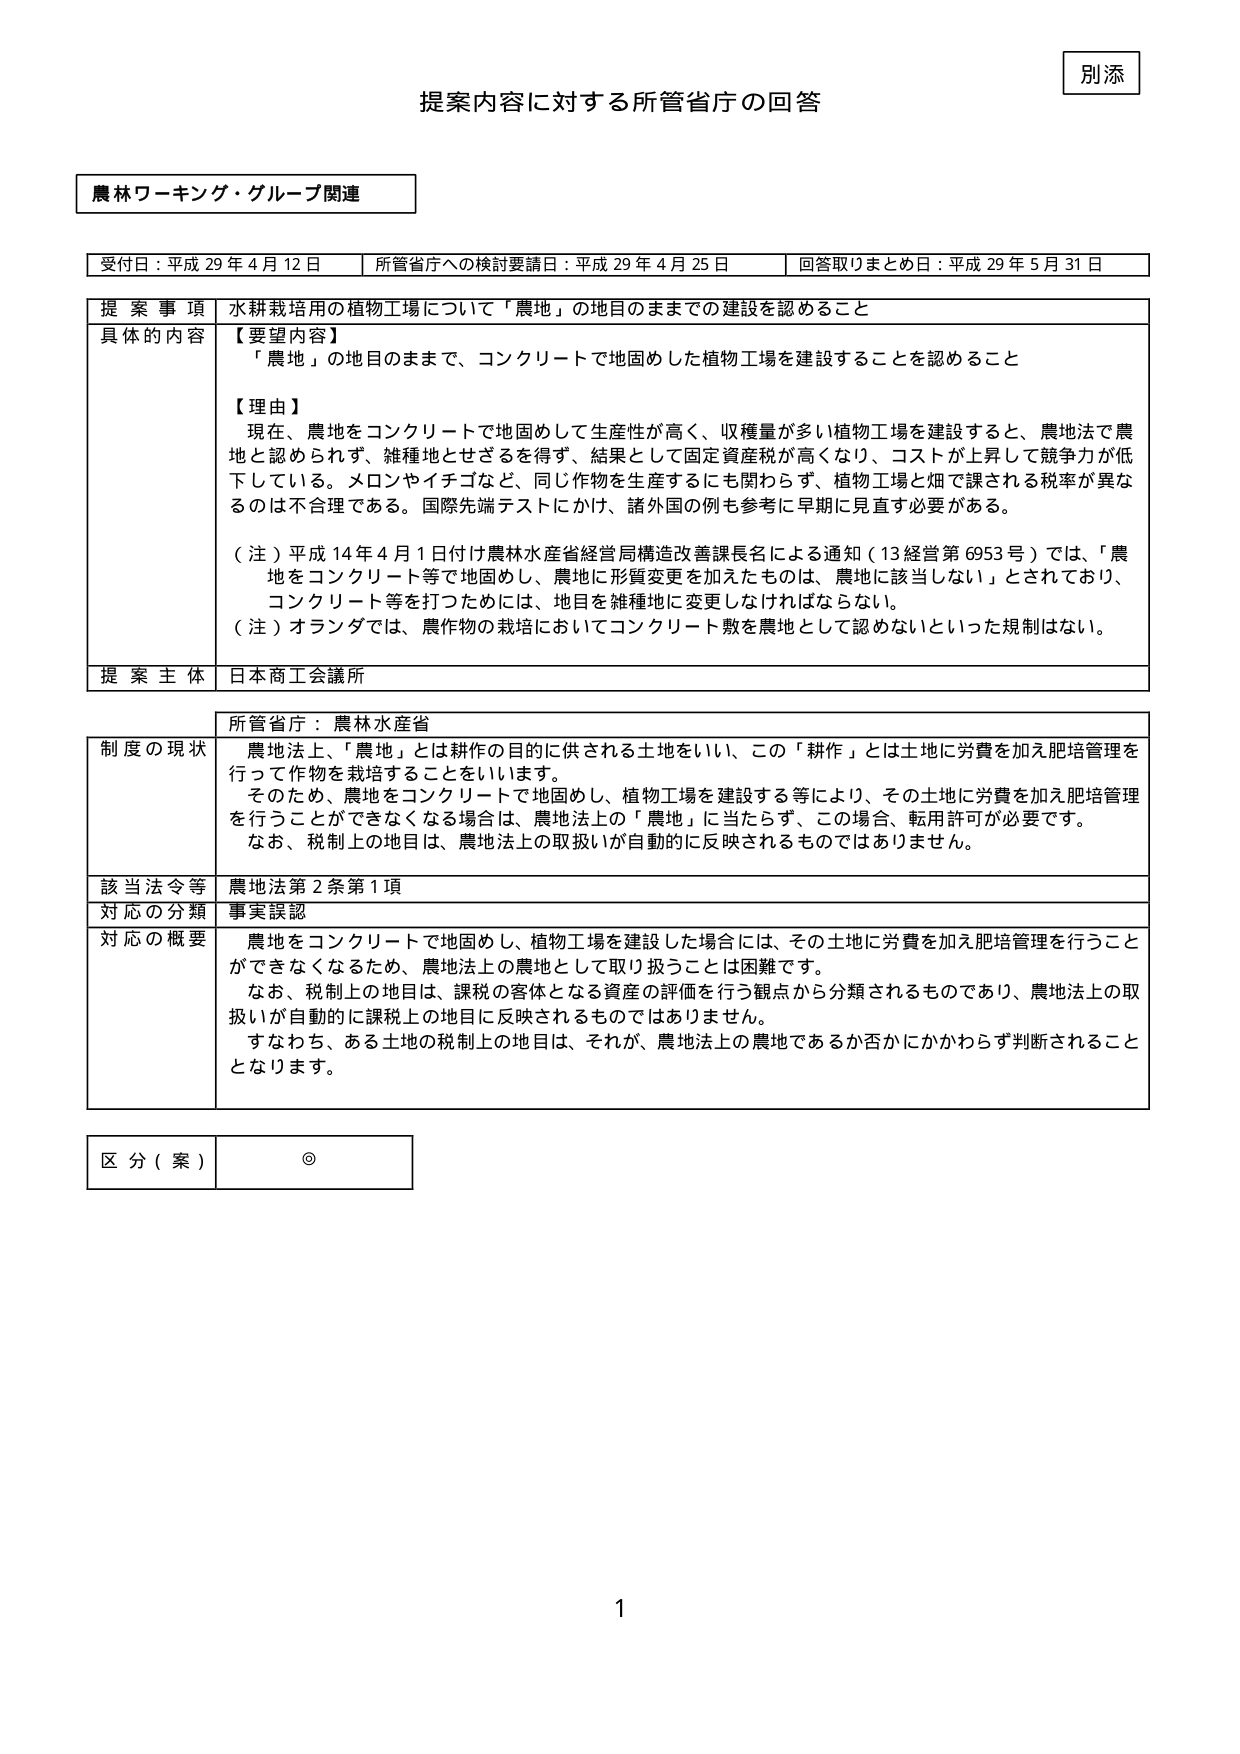
別添
提案内容に対する所管省庁の回答

農林ワーキング・グループ関連

受付日：平成29年4月12日　　所管省庁への検討要請日：平成29年4月25日　　回答取りまとめ日：平成29年5月31日

提案事項　水耕栽培用の植物工場について「農地」の地目のままでの建設を認めること

具体的内容
【要望内容】
「農地」の地目のままで、コンクリートで地固めした植物工場を建設することを認めること

【理由】
現在、農地をコンクリートで地固めして生産性が高く、収穫量が多い植物工場を建設すると、農地法で農地と認められず、雑種地とせざるを得ず、結果として固定資産税が高くなり、コストが上昇して競争力が低下している。メロンやイチゴなど、同じ作物を生産するにも関わらず、植物工場と畑で課される税率が異なるのは不合理である。国際先端テストにかけ、諸外国の例も参考に早期に見直す必要がある。

（注）平成14年4月1日付け農林水産省経営局構造改善課長名による通知（13経営第6953号）では、「農地をコンクリート等で地固めし、農地に形質変更を加えたものは、農地に該当しない」とされており、コンクリート等を打つためには、地目を雑種地に変更しなければならない。
（注）オランダでは、農作物の栽培においてコンクリート敷を農地として認めないといった規制はない。

提案主体　日本商工会議所

所管省庁：農林水産省

制度の現状　農地法上、「農地」とは耕作の目的に供される土地をいい、この「耕作」とは土地に労費を加え肥培管理を行って作物を栽培することをいいます。
そのため、農地をコンクリートで地固めし、植物工場を建設する等により、その土地に労費を加え肥培管理を行うことができなくなる場合は、農地法上の「農地」に当たらず、この場合、転用許可が必要です。
なお、税制上の地目は、農地法上の取扱いが自動的に反映されるものではありません。

該当法令等　農地法第2条第1項

対応の分類　事実誤認

対応の概要　農地をコンクリートで地固めし、植物工場を建設した場合には、その土地に労費を加え肥培管理を行うことができなくなるため、農地法上の農地として取り扱うことは困難です。
なお、税制上の地目は、課税の客体となる資産の評価を行う観点から分類されるものであり、農地法上の取扱いが自動的に課税上の地目に反映されるものではありません。
すなわち、ある土地の税制上の地目は、それが、農地法上の農地であるか否かにかかわらず判断されることとなります。

区分（案）　◎

1